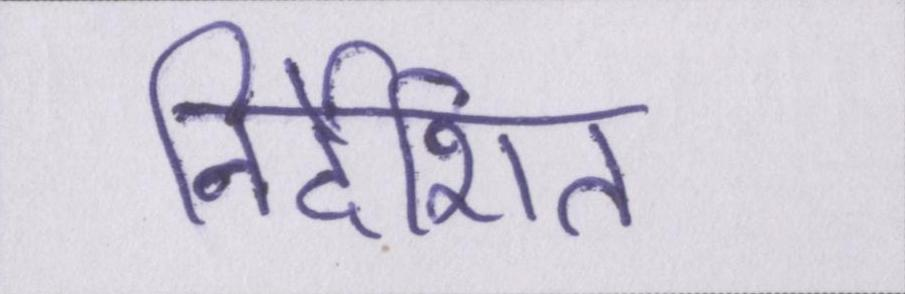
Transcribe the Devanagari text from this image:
निर्देशित